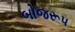
બોજરૂપ